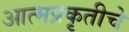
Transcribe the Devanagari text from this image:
आत्मप्रकृतीचे